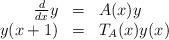
LaTeX: \begin{align*}\begin{array}{rcl}\frac d{dx} y &=&A(x)y\\y(x+1)&=&T_A(x)y(x)\end{array}\end{align*}